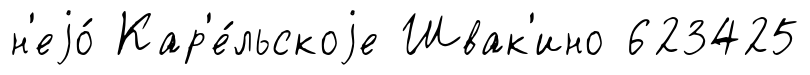
н'еjо́ Кар'е́льскоjе Швак'ино 623425